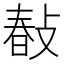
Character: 𢾎